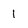
Character: 1